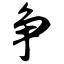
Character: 争